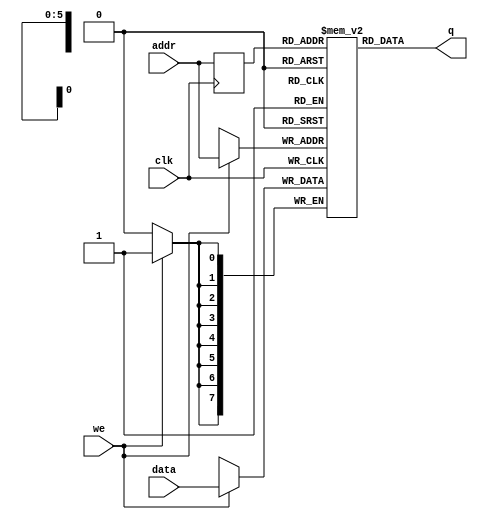
module spram #(parameter ADDR_WIDTH=6 ,DATA_WIDTH=8)(
    input [(DATA_WIDTH-1):0] data,
    input [(ADDR_WIDTH-1):0] addr,
    input we, clk,
    output [(DATA_WIDTH-1):0] q
);
reg [DATA_WIDTH-1:0] ram[2**ADDR_WIDTH-1:0];
reg [ADDR_WIDTH-1:0] addr_reg;

always @ (posedge clk)begin
  if (we)
      ram[addr] <= data;
  addr_reg <= addr;
end
assign q = ram[addr_reg]; // RAMFPGA RAM

`ifdef BLANK_RAM // RAM0Altera 
integer i;
initial begin
    for(i=0;i<2**ADDR_WIDTH;i=i+1) ram[i]=0;
end
`endif
 endmodule